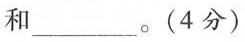
和___。(4分)